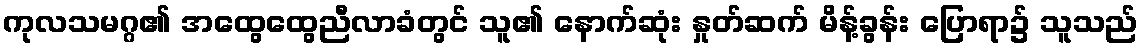
ကုလသမဂ္ဂ၏ အထွေထွေညီလာခံတွင် သူ၏ နောက်ဆုံး နှုတ်ဆက် မိန့်ခွန်း ပြောရာ၌ သူသည်